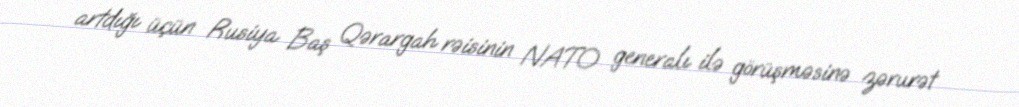
artdığı üçün Rusiya Baş Qərargah rəisinin NATO generalı ilə görüşməsinə zərurət